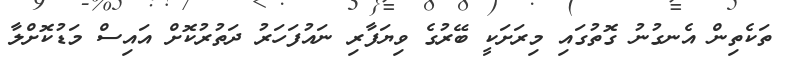
ތަކެތިން އެނގުނު ގޮތުގައި މިރަށަކީ ބޭރުގެ ވިޔަފާރި ނައުފަހަރު ދަތުރުކޮށް އައިސް މަޑުކޮށްލާ